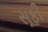
સૂફી